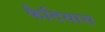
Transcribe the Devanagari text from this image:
फैदियास